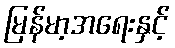
မြန်မာ့အရေးနှင့်